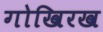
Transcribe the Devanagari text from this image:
गोखिरख